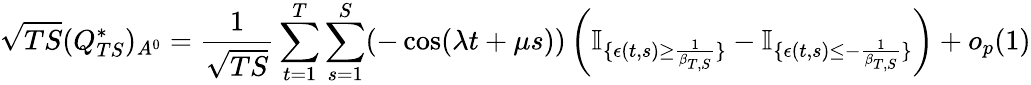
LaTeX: \sqrt{TS}(Q_{TS}^{*})_{A^{0}}=\frac{1}{\sqrt{TS}}\sum_{t=1}^{T}\sum_{s=1}^{S}(-\cos(\lambda t+\mu s))\left(\mathbb{I}_{\{ \epsilon(t,s)\geq\frac{1}{\beta_{T,S}}\} }-\mathbb{I}_{\{ \epsilon(t,s)\leq-\frac{1}{\beta_{T,S}}\} }\right)+o_{p}(1)